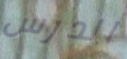
الدرس